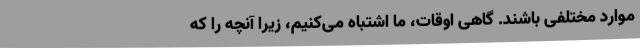
موارد مختلفی باشند. گاهی اوقات، ما اشتباه می‌کنیم، زیرا آنچه را که